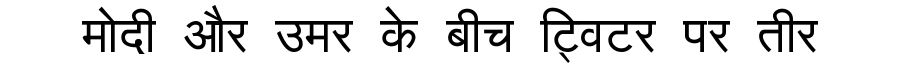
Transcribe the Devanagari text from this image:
मोदी और उमर के बीच ट्विटर पर तीर